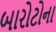
બારોટોના